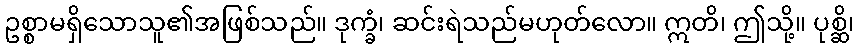
ဥစ္စာမရှိသောသူ၏အဖြစ်သည်။ ဒုက္ခံ၊ ဆင်းရဲသည်မဟုတ်လော။ ဣတိ၊ ဤသို့။ ပုစ္ဆိ၊